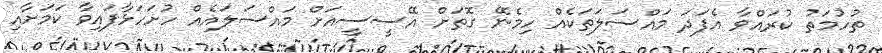
ތުހުމަތު ކުރައްވާ އެފަދަ މައްސަލަތަކެއް ހިމެނޭ ގޮތަށް އޭސީސީއަށް މައްސަލައެއް ހުށަހަޅާފައިވާ ކަމަށާއި